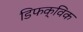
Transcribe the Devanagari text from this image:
डिफक्विक